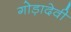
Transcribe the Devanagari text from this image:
गोड़ादेवी